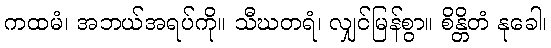
ကထမံ၊ အဘယ်အရပ်ကို။ သီဃတရံ၊ လျှင်မြန်စွာ။ စိန္တိတံ နုခေါ၊